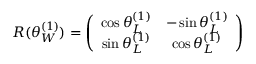
R ( \theta _ { W } ^ { ( 1 ) } ) = \left( \begin{array} { c c } { { \cos \theta _ { L } ^ { ( 1 ) } } } & { { - \sin \theta _ { L } ^ { ( 1 ) } } } \\ { { \sin \theta _ { L } ^ { ( 1 ) } } } & { { \cos \theta _ { L } ^ { ( 1 ) } } } \end{array} \right)